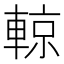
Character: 輬